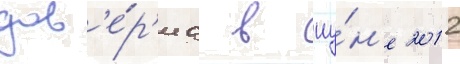
дов'е́р'иа в иу́н'е 2012